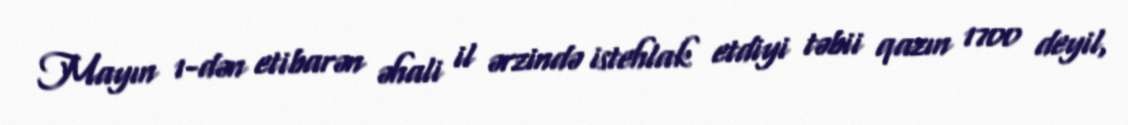
Mayın 1-dən etibarən əhali il ərzində istehlak etdiyi təbii qazın 1700 deyil,